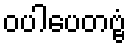
ဝပါပေတဗ္ဗံ